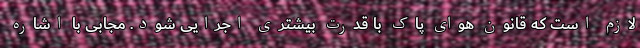
لازم است که قانون هوای پاک با قدرت بیشتری اجرایی شود. مجابی با اشاره